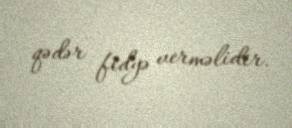
qədər fidyə verməlidir.